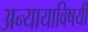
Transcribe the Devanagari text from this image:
अन्यायाविषयी